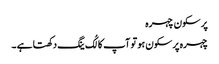
پر سکون چہرہ
چہرہ پرسکون ہو تو آپ کا لُک ینگ دکھتا ہے ۔